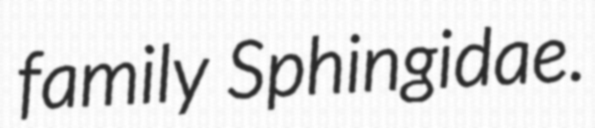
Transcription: family Sphingidae.